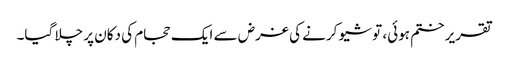
تقریر ختم ہوئی، تو شیو کرنے کی غرض سے ایک حجام کی دکان پر چلا گیا۔